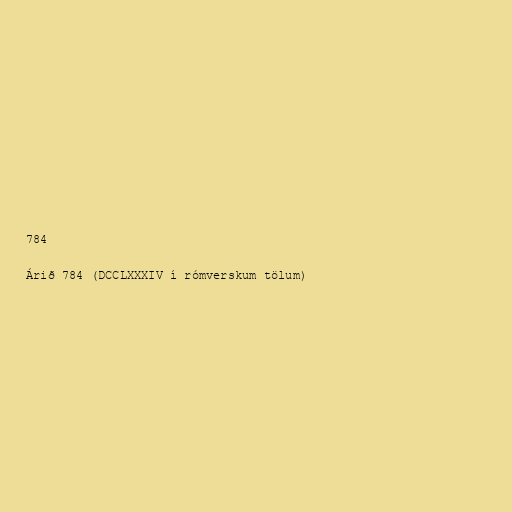
784

Árið 784 (DCCLXXXIV í rómverskum tölum)